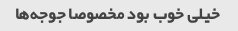
خیلی خوب بود مخصوصا جوجه‌ها